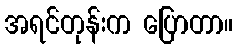
အရင်တုန်းက ပြောတာ။